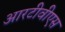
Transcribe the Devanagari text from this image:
आरटीवीएस